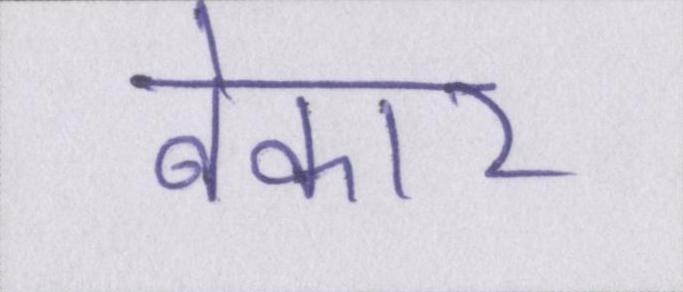
बेकार